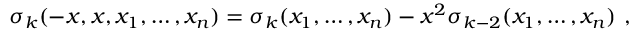
\sigma _ { k } ( - x , x , x _ { 1 } , \ldots , x _ { n } ) = \sigma _ { k } ( x _ { 1 } , \ldots , x _ { n } ) - x ^ { 2 } \sigma _ { k - 2 } ( x _ { 1 } , \ldots , x _ { n } ) \, \, ,